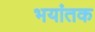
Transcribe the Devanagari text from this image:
भयांतक